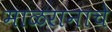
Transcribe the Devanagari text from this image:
माळरानाचे